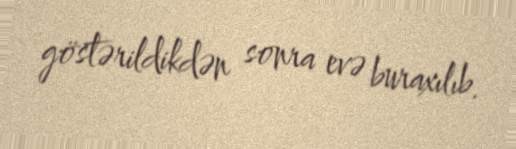
göstərildikdən sonra evə buraxılıb.